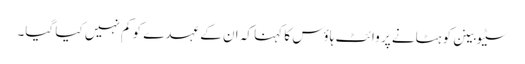
سٹیو بینن کو ہٹانے پر وائٹ ہاؤس کا کہنا کہ ان کے عہدے کو کم نہیں کیا گیا۔